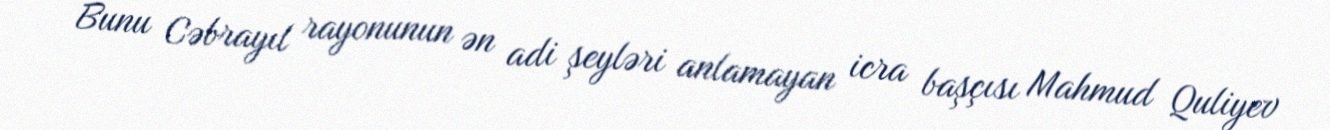
Bunu Cəbrayıl rayonunun ən adi şeyləri anlamayan icra başçısı Mahmud Quliyev